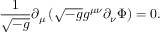
\frac { 1 } { \sqrt { - g } } \partial _ { \mu } \left( \sqrt { - g } g ^ { \mu \nu } \partial _ { \nu } \Phi \right) = 0 .